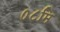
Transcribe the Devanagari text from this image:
०८मि